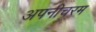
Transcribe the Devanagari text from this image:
अपनीचरम